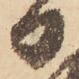
日